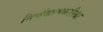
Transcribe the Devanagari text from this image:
निर्णयात्मकरीत्या